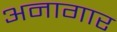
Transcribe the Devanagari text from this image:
अनागार